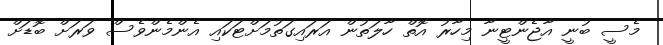
މެސީ ބުނީ އާޖެންޓީނާ މިހާރު އޮތް ހާލަތުން އަރައިގަތުމަށްޓަކައި އެންމެންވެސް ވަރަށް ބޮޑަށް